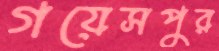
গয়েসপুর